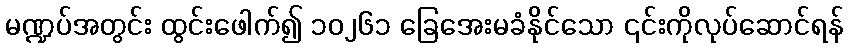
မဏ္ဍပ်အတွင်း ထွင်းဖေါက်၍ ၁၀၂၆၁ ခြေအေးမခံနိုင်သော ၎င်းကိုလုပ်ဆောင်ရန်